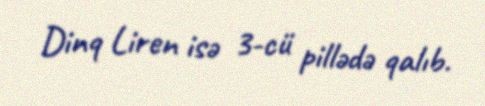
Dinq Liren isə 3-cü pillədə qalıb.